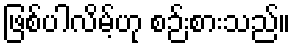
ဖြစ်ပါလိမ့်ဟု စဉ်းစားသည်။